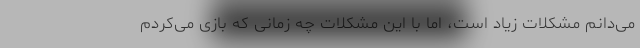
می‌دانم مشکلات زیاد است، اما با این مشکلات چه زمانی که بازی می‌کردم